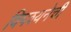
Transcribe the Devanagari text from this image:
विपश्यनेची